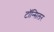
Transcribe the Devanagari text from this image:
टॉन्सिलर